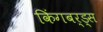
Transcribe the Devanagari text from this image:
किंगबर्ड्स